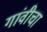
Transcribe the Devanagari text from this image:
गांवीचा